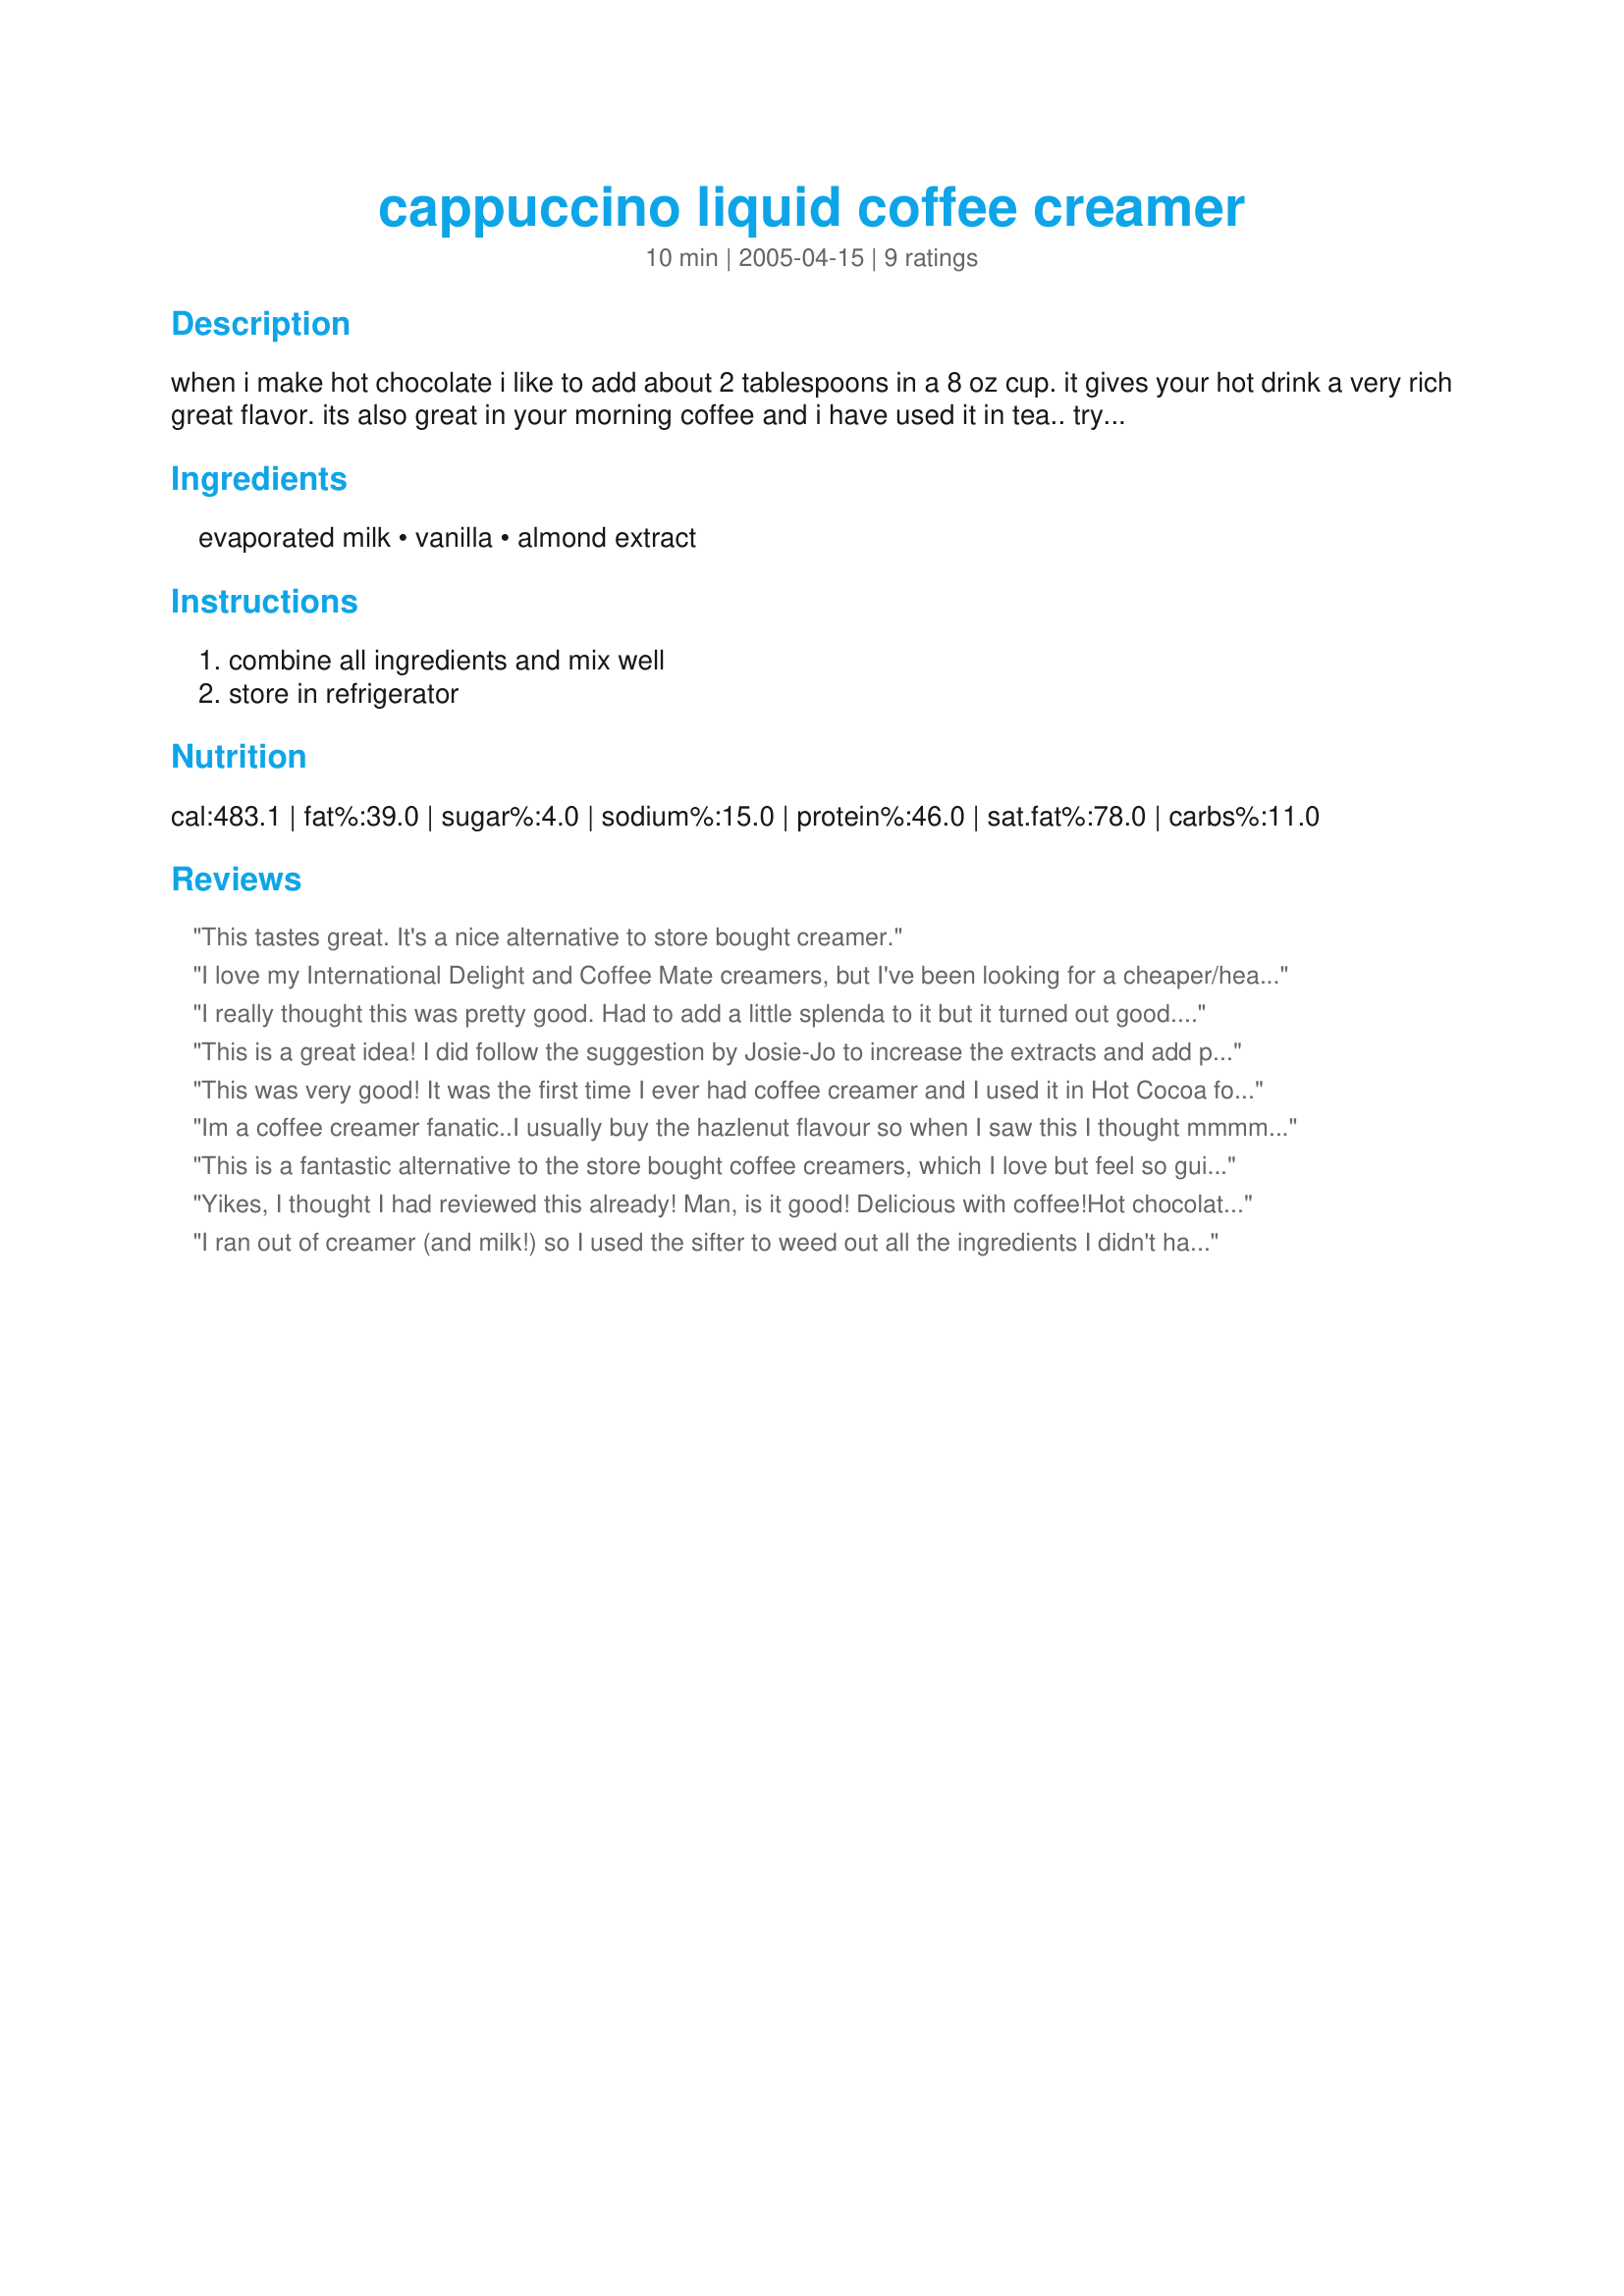
cappuccino liquid coffee creamer
Preparation time: 10 minutes

when i make hot chocolate i like to add about 2 tablespoons in a 8 oz cup.
it gives your hot drink a very rich great flavor.
its also great in your morning coffee and i have used it in tea.. try it!

Ingredients:
evaporated milk, vanilla, almond extract

Steps:
combine all ingredients and mix well, store in refrigerator

Reviews:
This tastes great. It's a nice alternative to store bought creamer.
I love my International Delight and Coffee Mate creamers, but I've been looking for a cheaper/healthier alternative, so I thought I'd try this. It was pretty good, but like most other reviewers, I thought the original recipe needed a little something else. I added some powdered sugar and extra flavoring. Not bad!
I really thought this was pretty good. Had to add a little splenda to it but it turned out good. I used ff evaporated milk. Thanks
This is a great idea! I did follow the suggestion by Josie-Jo to increase the extracts and add powdered sugar. Thank you Dancer and thank you Josie-Jo for a much healthier, yet tasty, alternative to the non-dairy creamers!
This was very good! It was the first time I ever had coffee creamer and I used it in Hot Cocoa for One Recipe #26773. It tasted delcious in it!
Thanks for yet another good recipe Dancer!
Im a coffee creamer fanatic..I usually buy the hazlenut flavour so when I saw this I thought mmmm I'll give almond a try.
I used a tin of lite evaporated milk and it was great. Nice change from the hazelnut, thanks for sharing.
This is a fantastic alternative to the store bought coffee creamers, which I love but feel so guilty when I buy them because of all the junk they contain. I used 3 teapoons of vanilla, 1/2 teaspoon of almond and about 1/4 cup of powdered sugar. This is my new creamer!!
Yikes, I thought I had reviewed this already! Man, is it good! Delicious with coffee!Hot chocolate would be awesome, maybe even a little drizzled over plain oatmeal. Easily fat free or low fat depending on the type of evaporated milk used, and a healthy alternative to the liquid commercial coffee creamer--read the label, YUK! Thanks, Dancer, this will be a standard at my house!
I ran out of creamer (and milk!) so I used the sifter to weed out all the ingredients I didn't have... this recipe was the ONLY one left! WOW is this awesome. Here's what I did: I used the evaporated milk and 2t vanilla, but added 1/3 cup powdered sugar, 1t rum extract, and 1/8t allspice. I am drinking the most awesome holiday spiced rum latte right now! (And I can make this recipe 4 times for the price of one bottle of Coffee Mate Spiced Rum coffee creamer.) Now I'm going to go buy all kinds of extracts so I can make all my other favorite flavors. Thanks, Dancer^!
